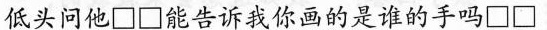
低头问他\Box \Box能告诉我你画的是谁的手吗\Box \Box